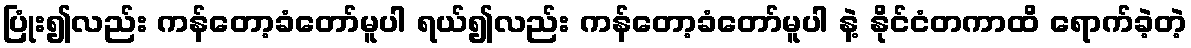
ပြုံး၍လည်း ကန်တော့ခံတော်မူပါ ရယ်၍လည်း ကန်တော့ခံတော်မူပါ နဲ့ နိုင်ငံတကာထိ ရောက်ခဲ့တဲ့